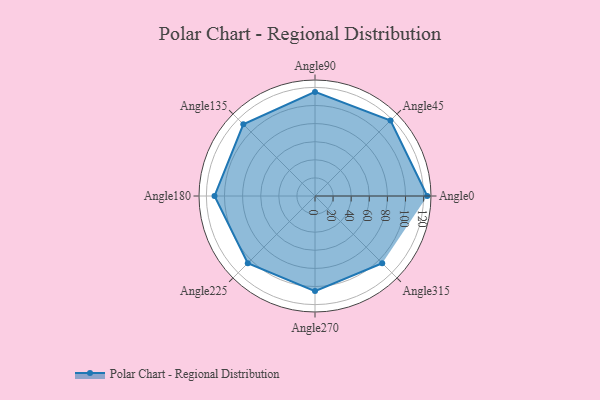
{"axis": {"x": "Angle", "y": "Radius"}, "legend": [""], "data": [{"x": "Angle0", "y": 124.0, "type": ""}, {"x": "Angle45", "y": 118.0, "type": ""}, {"x": "Angle90", "y": 115.0, "type": ""}, {"x": "Angle135", "y": 112.0, "type": ""}, {"x": "Angle180", "y": 111.0, "type": ""}, {"x": "Angle225", "y": 105.0, "type": ""}, {"x": "Angle270", "y": 105.0, "type": ""}, {"x": "Angle315", "y": 105.0, "type": ""}]}